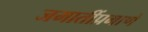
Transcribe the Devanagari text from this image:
जमातींप्रमाणे